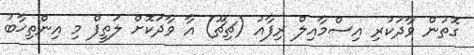
ގޮތުން ވާދަކުރި އިސްމާއިލް ރިފާއު (ޗިޗޫ) އާ ވާދަކޮށް ލަތީފް މި އިންތިޚާބު